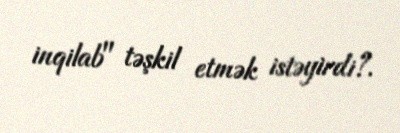
inqilab" təşkil etmək istəyirdi?.